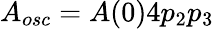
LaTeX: {A_{osc}=A(0)4p_{2}p_{3}}